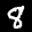
Label: 8